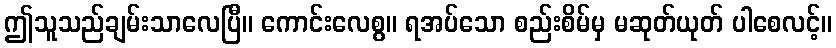
ဤသူသည်ချမ်းသာလေပြီ။ ကောင်းလေစွ။ ရအပ်သော စည်းစိမ်မှ မဆုတ်ယုတ် ပါစေလင့်။